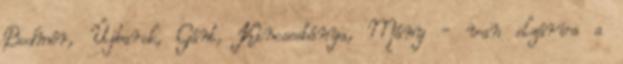
Bodmér, Újbarok, Gánt, Kincsesbánya, Mány - van elzárva a